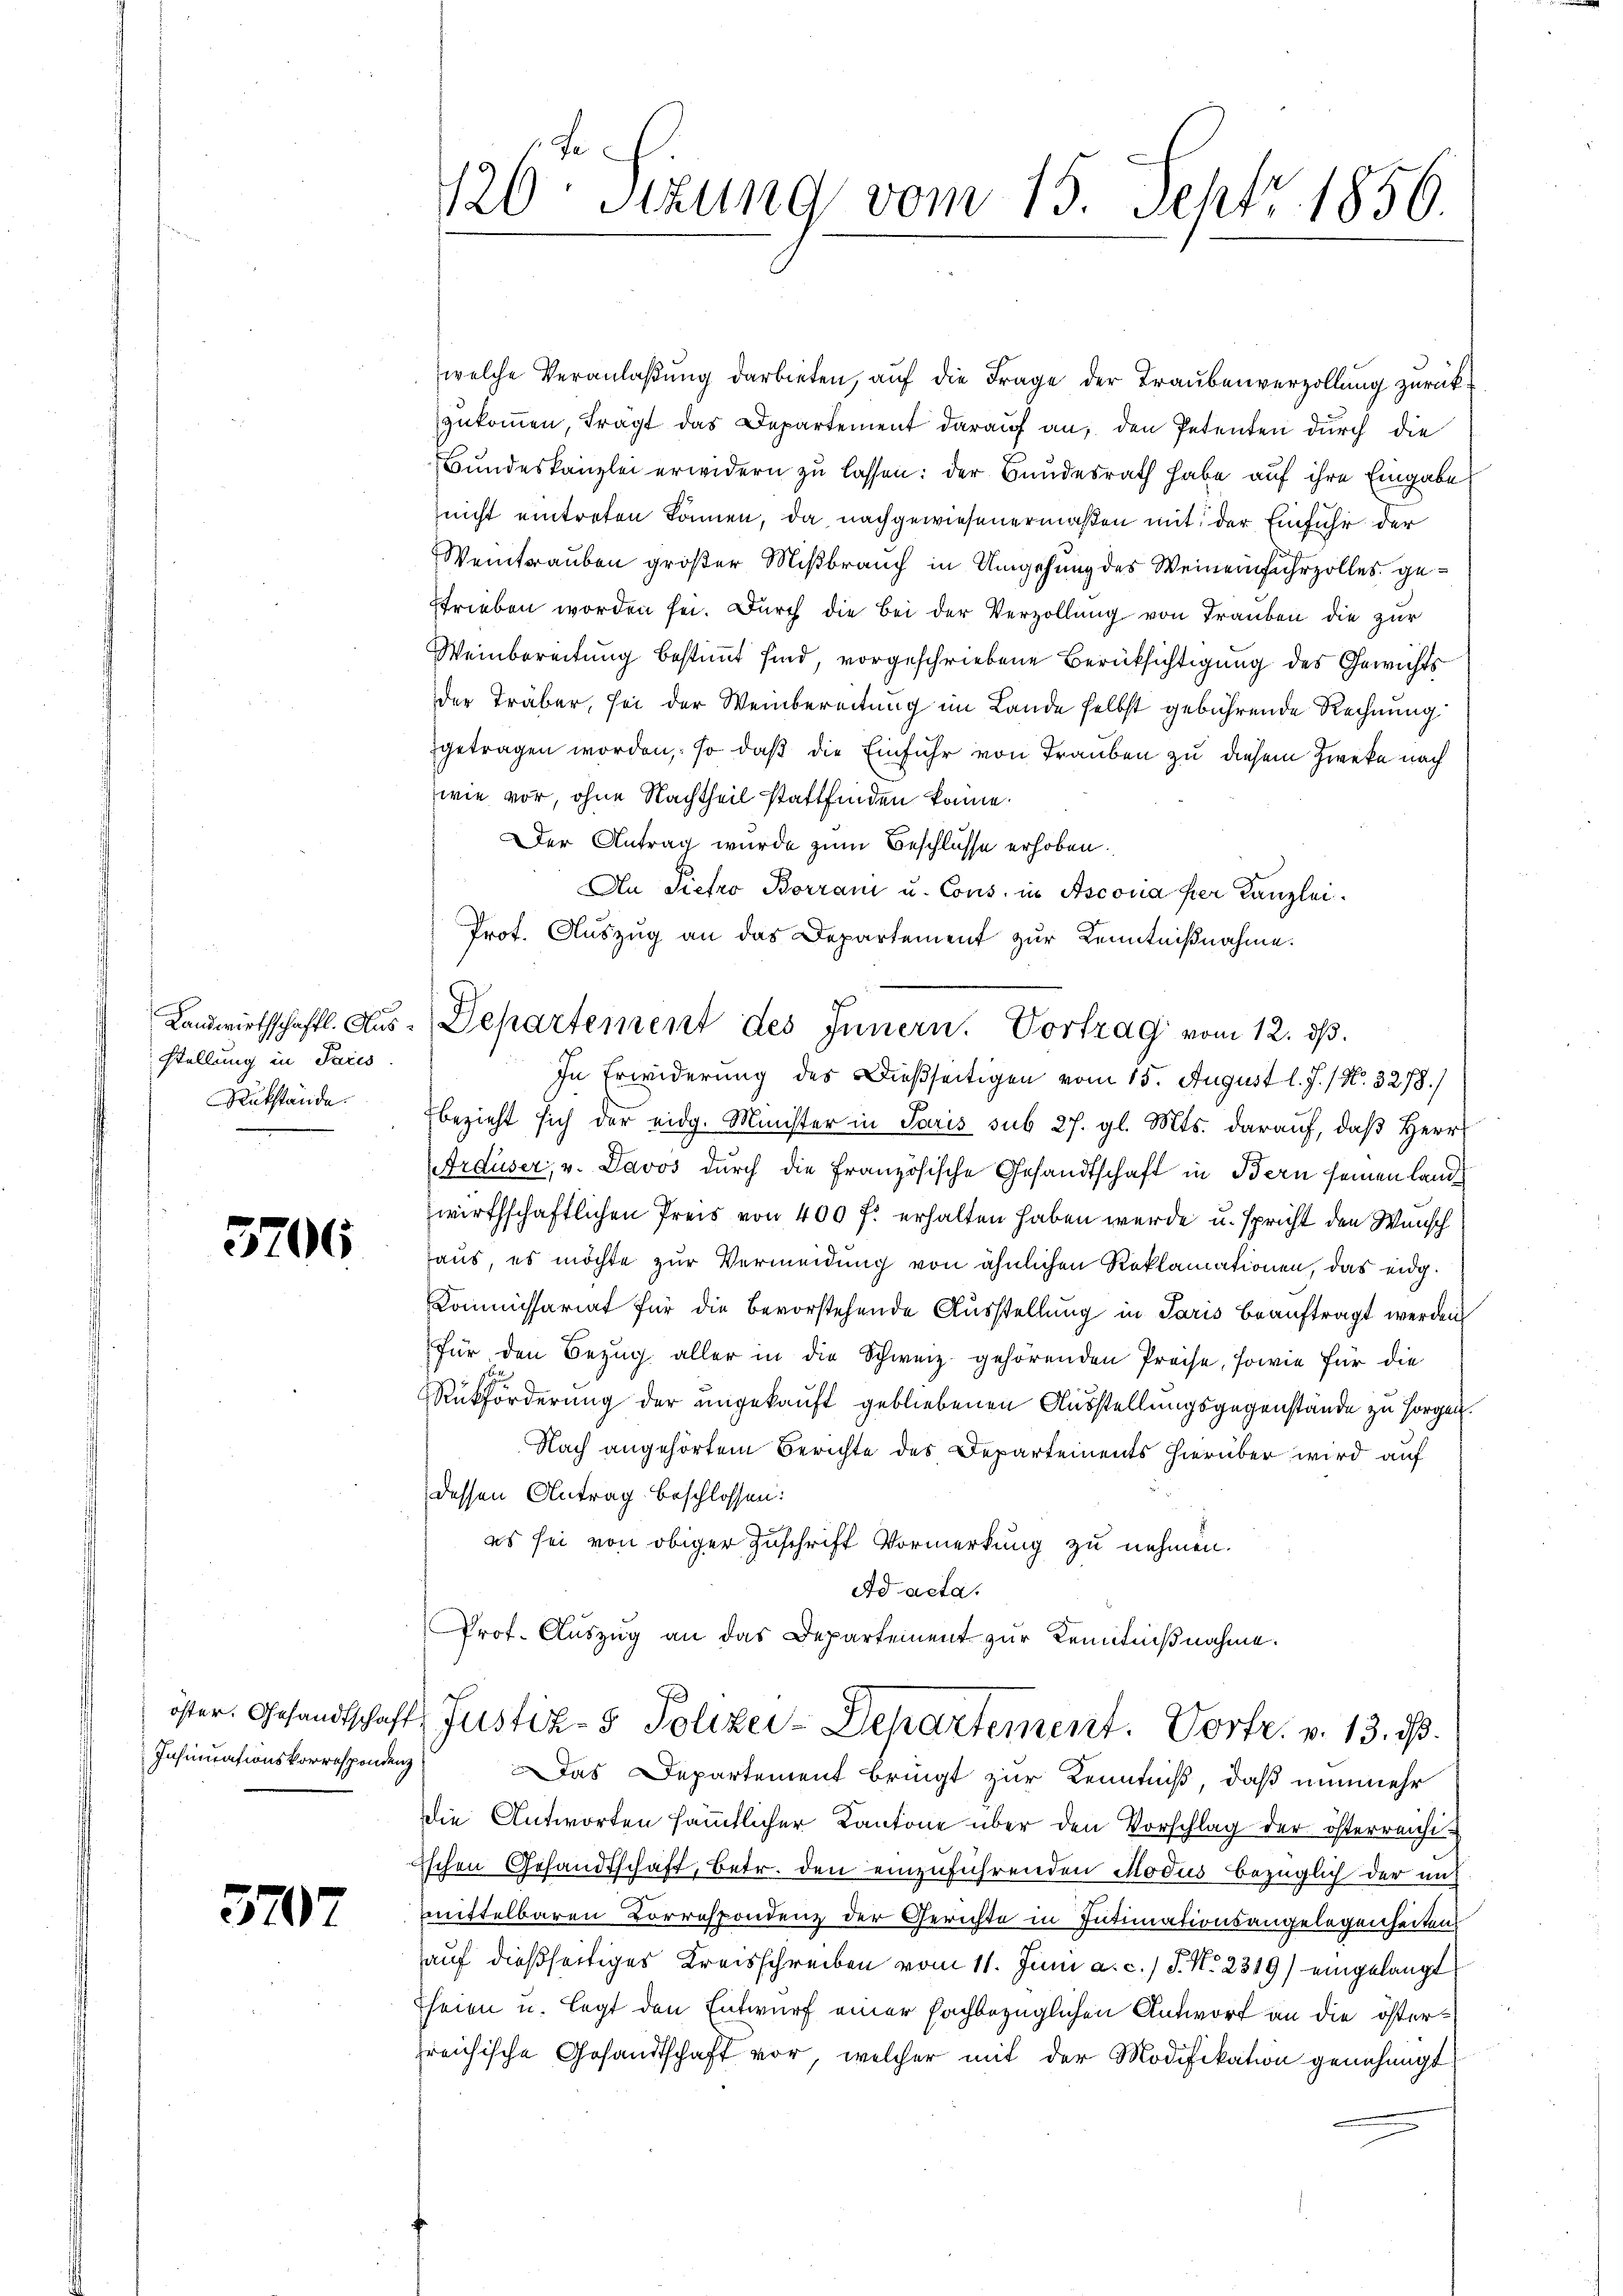
stellung in Paris
Rükstände.

5706

Insinuationskorrespondenz

3707

welche Veranlaβŭng darbieten, aŭf die Frage der Traubenverzollung zurückzukommen, frägt das Departement darauf an, den Petenten durch die
Bundeskanzlei erwidern zu lassen: der Bundesrath habe auf ihre Eingabe
nicht eintreten können, da nachgewiesenermaßen mit der Einfuhr der
Weintrauben großer Mißbrauch in Umgehung des Weineinfuhrzolles gestrieben worden sei. Durch die bei der Verzollŭng von Trauben die zur
Weinbereitung bestimmt sind, vorgeschriebene Berücksichtigung des Gewichts
der Träber, sei der Weinbereitung im Lande selbst gebührende Rechnung
getragen worden, so daß die Einfuhr von Trauben zu diesem Zweke nach
wie vor, ohne Nachtheil stattfinden könne.
Der Antrag wurde zum Beschlüsse erhoben.
An Pietro Borrani u. Cons. in Asconia per Kanzlei.
Prot. Auszug an das Departement zur Kenntnißnahme.
Landwirthschaftl. Aŭs-Departement des Innern. Vortrag vom 12. dβ.
In Erwiderung des Dießseitigen vom 15. August l. J. / N. 3278.)
bezieht sich der eidg. Minister in Paris sub 27. gl. Mts. darauf, daβ Herr
Gräuser, v. Davos durch die Französische Gesandtschaft in Bern seinen Landwirthschaftlichen Preis von 400 f: erhalten haben werde u. spricht den Wunsch
haus, es möchte zur Vermeidung von ähnlichen Reklamationen, das eidg.
Kommissariat für die bevorstehende Ausstellung in Paris beauftragt werden
für den Bezŭg aller in die Schweiz. gehörenden Preise, sowie für die
Rükförderung der ungekauft gebliebenen Ausstellungsgegenstände zu sorgen.
Nach angehörtem Berichte des Departements hierüber wird auf
dessen Antrag beschlossen:
es sei von obiger Zuschrift Vormerkung zu nehmen.
Ad acta.
Prof. Aŭszŭg an das Departement zur Kenntnißnahme.

Das Departement bringt zur Kenntniß, daß nunmehr
die Antworten säṁtlicher Kantone über den Vorschlag der österreichi-
schen Gesandtschaft, betr. den einzuführenden Modus bezüglich der mit
mittelbaren Correspondenz der Gerichte in Intimationsangelegenheiten
auf dießseitiges Kreisschreiben vom 11. Juni a. c. / P. Nr. 2319) eingelangt
heien u. legt den Entwurf einer hochbezüglichen Antwort an die österfreichische Gesandtschaft vor, welcher mit der Modifikation genehmigt

126. Sitzung vom 15. Sehtr. 1856.

öster. Gesandtschaft Justiz- & Polizei-Departement. Vorfr. v. 13. d.